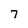
Character: 7